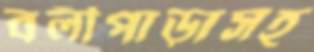
বলীপাড়াসহ